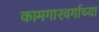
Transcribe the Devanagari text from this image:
कामगारवर्गाच्या